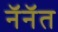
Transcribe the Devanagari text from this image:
नॅनॅत